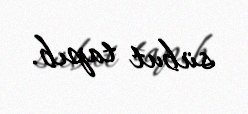
sübut tapıb.